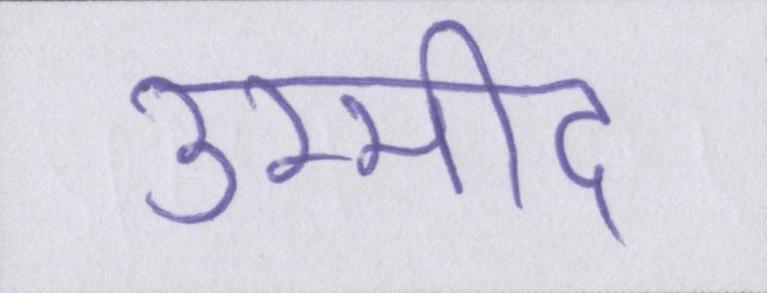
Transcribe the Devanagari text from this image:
उम्मीद